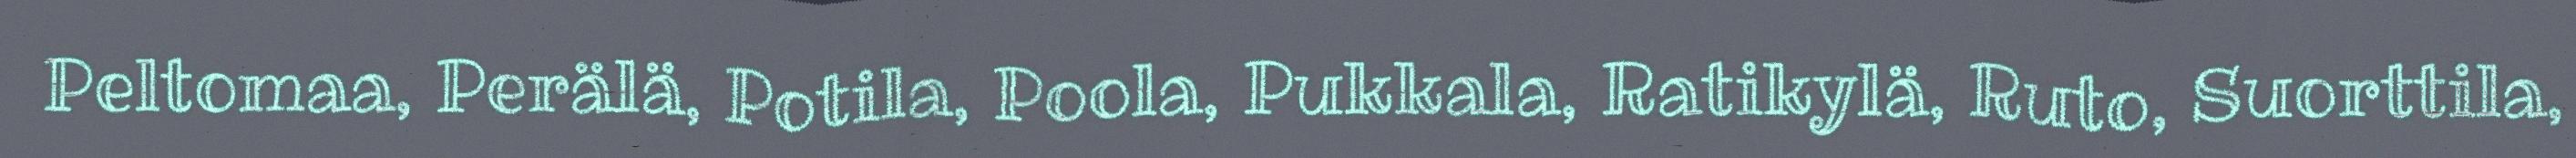
Peltomaa, Perälä, Potila, Poola, Pukkala, Ratikylä, Ruto, Suorttila,